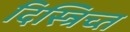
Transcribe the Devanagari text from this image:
दिस्त्रिच्त